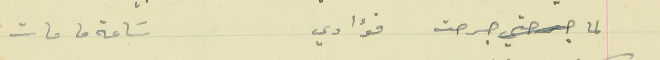
لما جرحت فؤادي                                        سَاعة ما مات